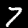
Digit: 7